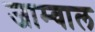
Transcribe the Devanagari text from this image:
जाम्वाल